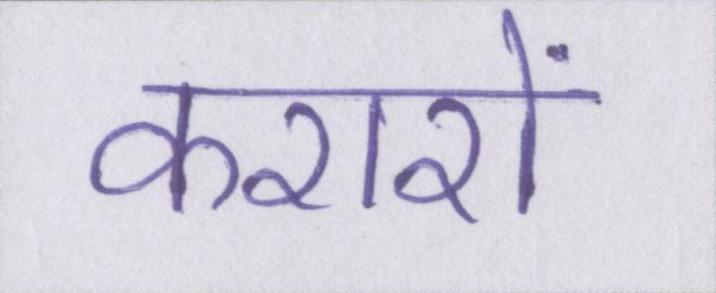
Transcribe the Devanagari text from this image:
करारों